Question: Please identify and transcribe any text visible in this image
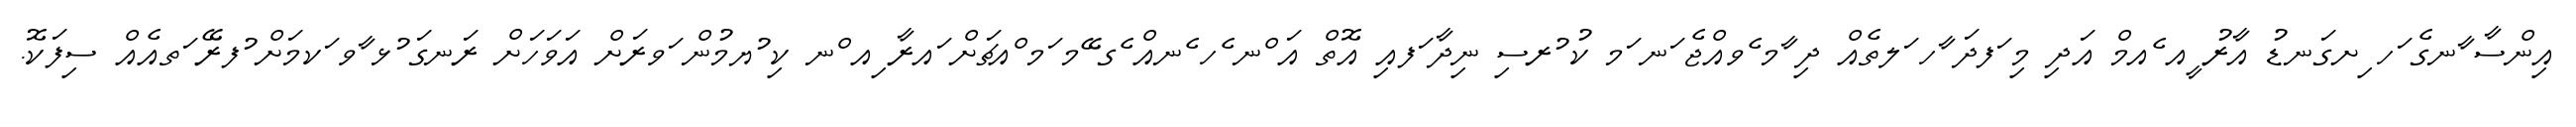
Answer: އިންސާ ާނގެ ަހ ިށގަނޑު އާރު ީއ ެއމް އަދި މި ަފދަ ާހ ަލތެއް ދި ާމ ެވއްޖެ ަނ ަމ ކު ުރސި ނިދާ ަފއި އޮތް އަ ްނ ެހ ެނއް ެގ ޭމ ަމ ްއޗަށް ައރާ ިއ ްނ ކި ުޔމުން ަވރަށް އަވަހަށް ރަނގަ ުޅ ާވ ަކމަށް ުފރޭ ަތއެއް ސިފަކޮ.